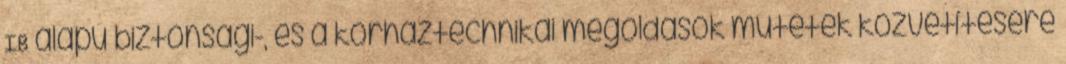
IB alapú biztonsági-, és a kórháztechnikai megoldások műtétek közvetítésére